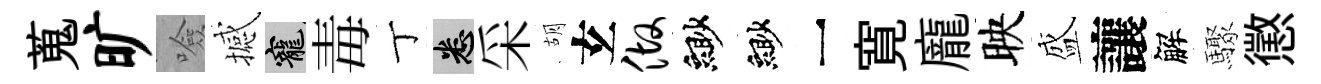
蒐旷噞撼寵毒丁悉采胡𤣥做緲緲一寛龐映盛讓解驟懲